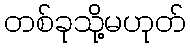
တစ်ခုသို့မဟုတ်